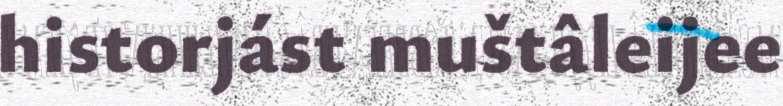
historjást muštâleijee